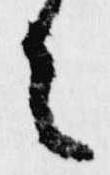
者